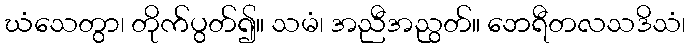
ဃံသေတွာ၊ တိုက်ပွတ်၍။ သမံ၊ အညီအညွတ်။ ဘေရီတလသဒိသံ၊